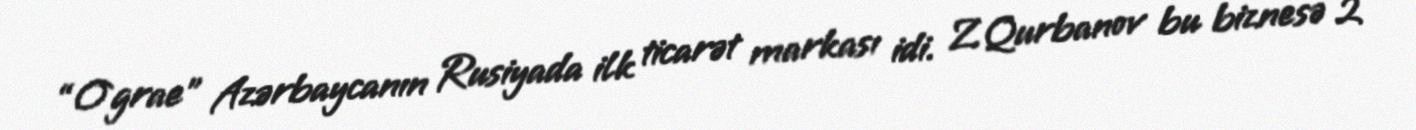
“O`grae” Azərbaycanın Rusiyada ilk ticarət markası idi. Z.Qurbanov bu biznesə 2